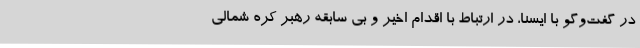
در گفت‌وگو با ایسنا، در ارتباط با اقدام اخیر و بی سابقه رهبر کره شمالی